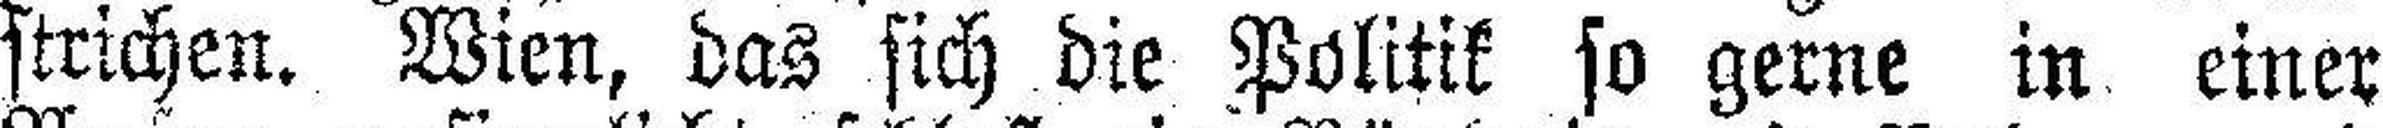
strichen. Wien, das sich die Politik so gerne in einer